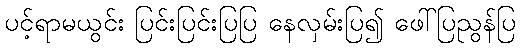
ပင့်ရာမယွင်း ပြင်းပြင်းပြပြ နေလှမ်းပြ၍ ဖေါ်ပြညွန်ပြ